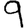
Digit: 9